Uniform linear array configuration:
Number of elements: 48
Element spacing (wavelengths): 1
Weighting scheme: exponential
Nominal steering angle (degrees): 45
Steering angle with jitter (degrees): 46.208
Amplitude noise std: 0.05
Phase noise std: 0.05

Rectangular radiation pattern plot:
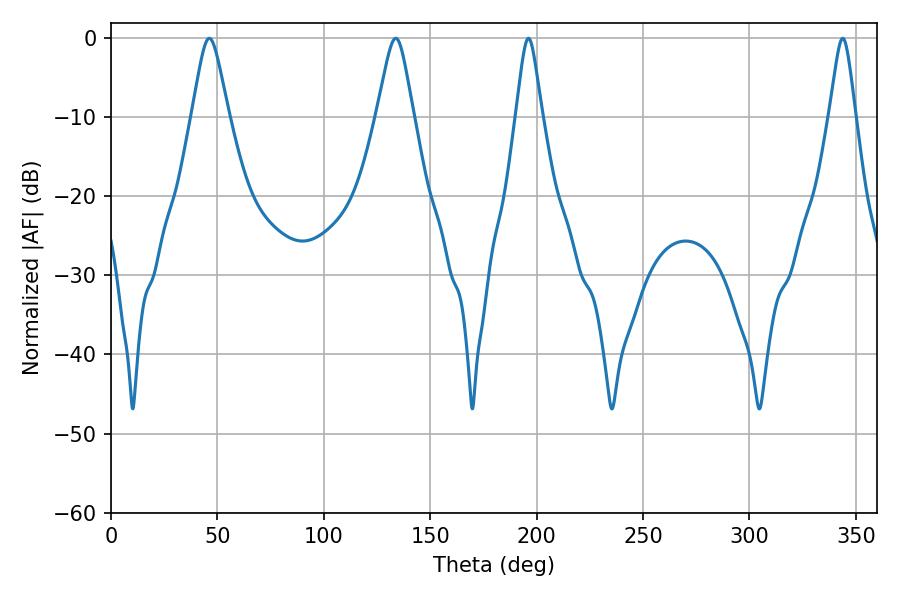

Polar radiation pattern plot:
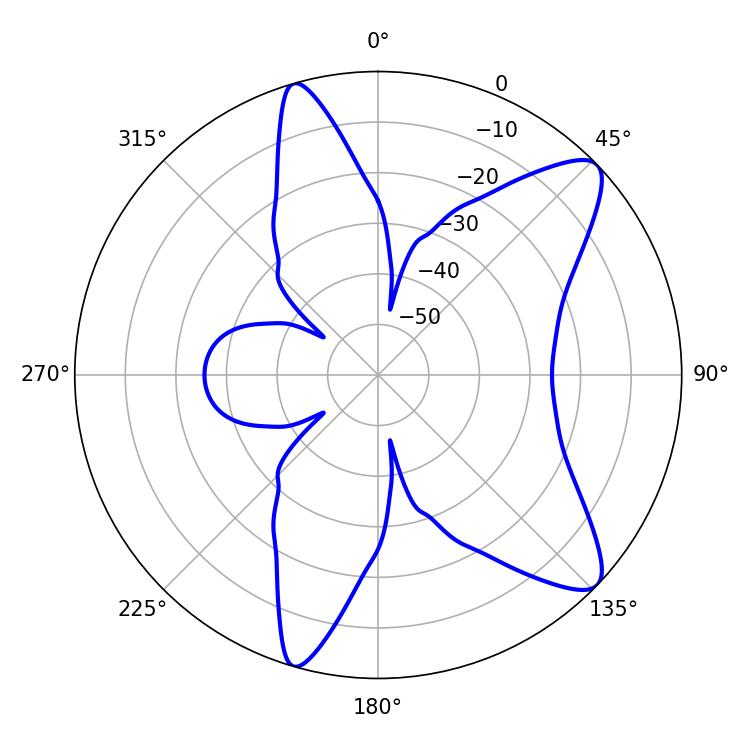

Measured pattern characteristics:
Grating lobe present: TRUE
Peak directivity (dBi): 10.368
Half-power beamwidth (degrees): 5.76
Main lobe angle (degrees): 343.8